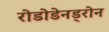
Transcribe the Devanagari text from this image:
रोडोडेनड्रोन